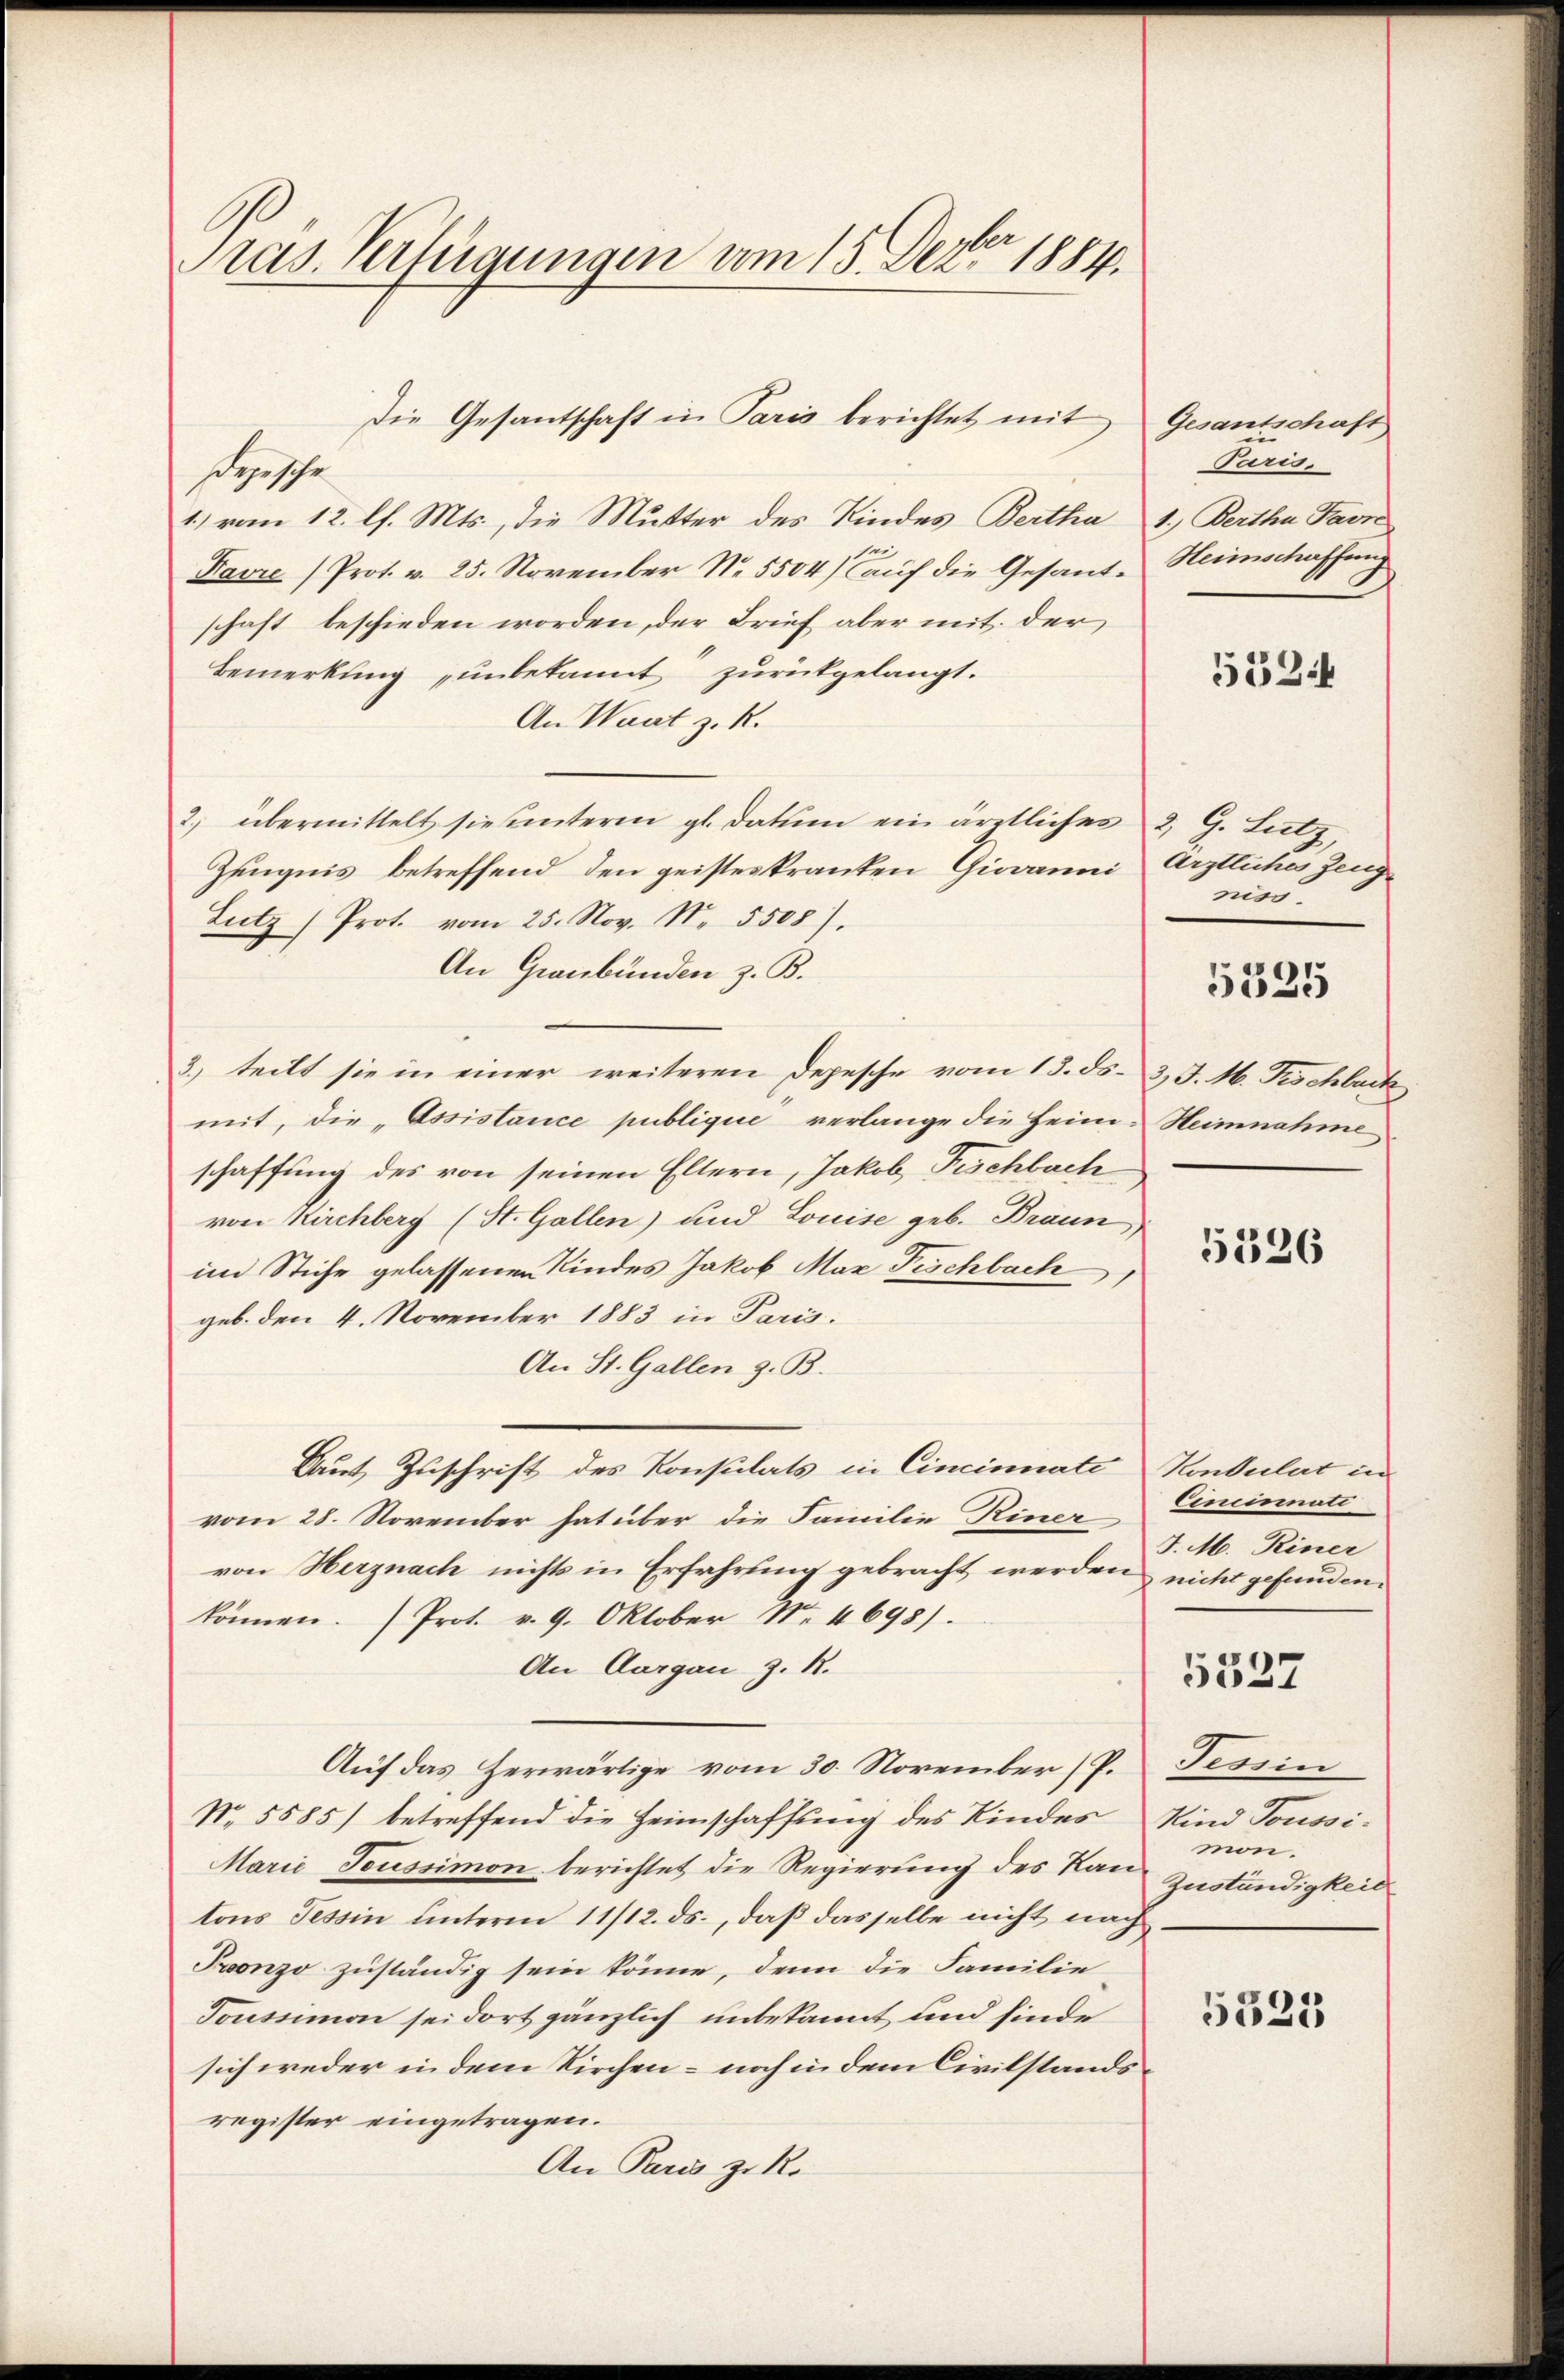
ras. Verfügungen vom 15. Dezbr 1884.

sepische
1.) vom 12. l. Mts., die Mutter des Kindes Bertha
Favre /Prot. v. 25. November N. 5504) auf die Gesant-
schaft beschieden worden, der Brief aber mit der
Bemerkung unbekannt zurückgelangt.
An Want z. R.
2) übermittelt siesunteren gl. datum ein ärztlicher 2, G. Lutz,
Zeugnis betreffend den geisteskranken Giovanni Ärztliches Zeug¬
Lutz (Prot. vom 25. Nov. N. 5508).
An Graubünden z. B.
3) teilt sie in einer weiteren Depesche vom 13. ds. 3. J. M. Fischbark
mit, die „Assistance publique verlange die Heim-Heimnahme
schaffung des von seinen Eltern, Jakob Fischbach
von Kirchberg (St. Gallen) und Louise geb. Braun
im Stiche gelassenen Kindes Jakob Max Fischbach,
geb. den 4. November 1883 in Paris.
An St. Gallen z. B.
Laut Zuschrift des Konsulats in Cincinnate
vom 28. November hat über die Familie Riner
von Herznach nichts in Erfahrung gebracht werden nicht gefunden.
können. Prot. v. 9. Oktober Nr. 4698).
An Aargau z. R.
Auf das herwärtige vom 30. November P. Tessin
No. 5585) betreffend die Heimschaffung des Kindes
Marie Toussimon berichtet die Regierung des Kan Zuständigkeit
tons Tessin unterm 11/12. ds., daß dasselbe nicht nach
Proonzo zuständig sein könne, denn die Familie¬
Toussimon sei dort gänzlich unbekannt und finde
sich weder in dem Kirchen – noch in dem Civilstandsregister eingetragen.
An Paris zu Ro

Die Gesantschaft in Paris berichtet mit

Gesantschaft
Paris.
1.) Bertha Favn
Heimschaffung

5524

niss

5325

5526

Kontulirt in
Cincinall
J. M. Riner

5327

Kind Toussimon.

5325